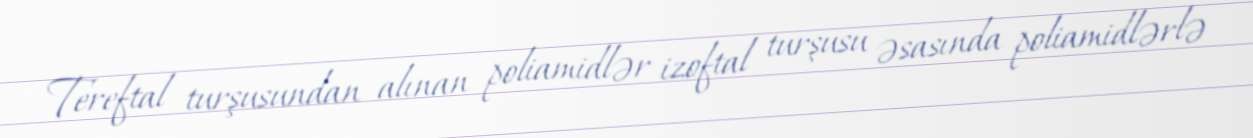
Tereftal turşusundan alınan poliamidlər izoftal turşusu əsasında poliamidlərlə